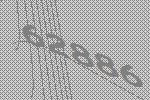
62886